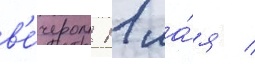
в'е́чером 11 ма́я /